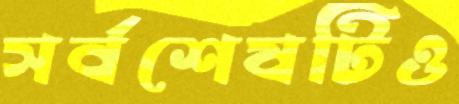
সর্বশেষটিও